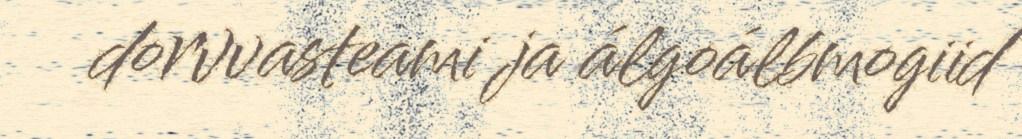
dorvvasteami ja álgoálbmogiid